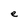
Character: e